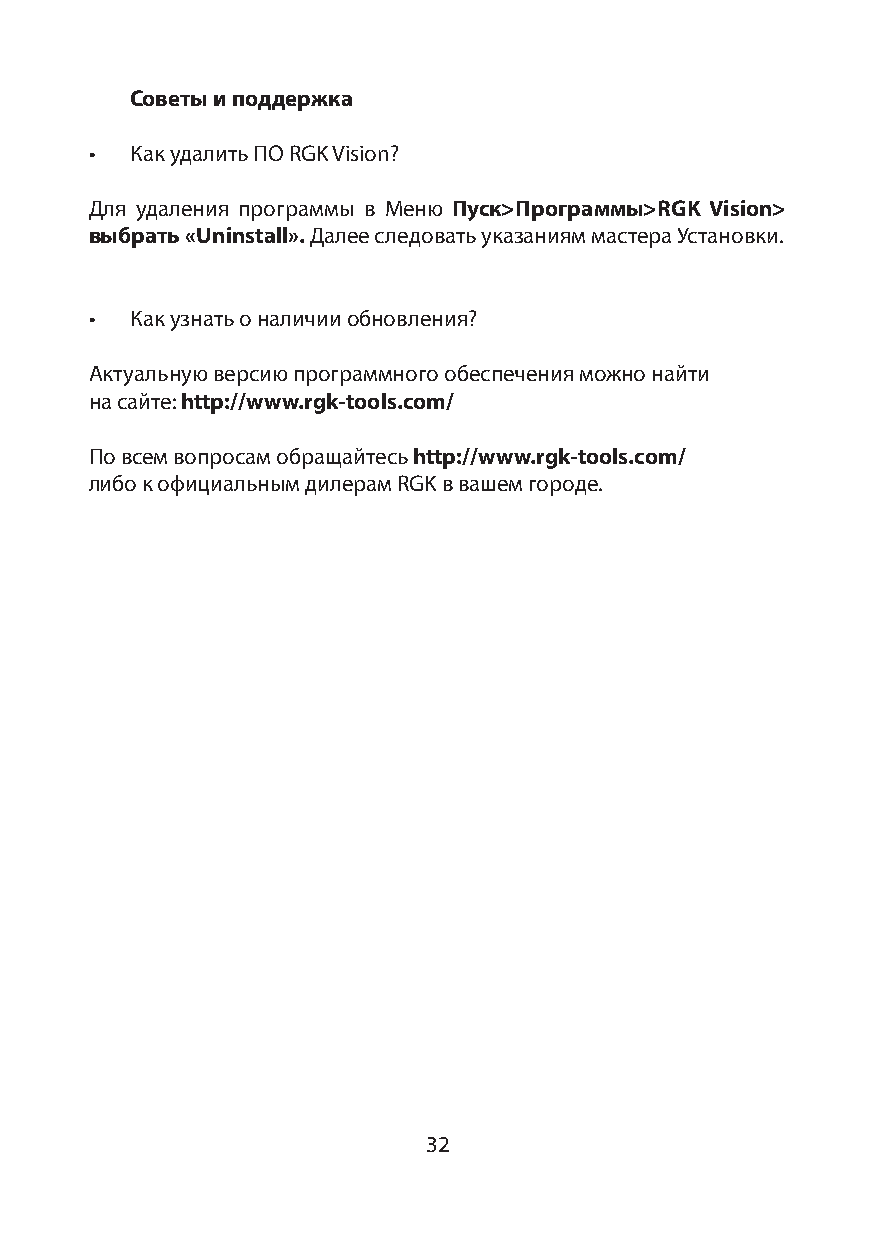
Советы и поддержка
 •  Как удалить ПО RGK Vision?
 Для удаления программы в Меню Пуск>Программы>RGK Vision>
 выбрать «Uninstall». Далее следовать указаниям мастера Установки.
 •  Как узнать о наличии обновления?
 Актуальную версию программного обеспечения можно найти
 на сайте: http://www.rgk-tools.com/
 По всем вопросам обращайтесь http://www.rgk-tools.com/
 либо к официальным дилерам RGK в вашем городе.
 32